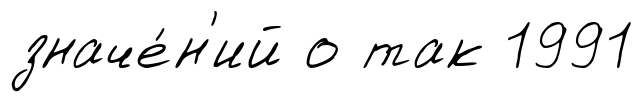
значе́н'ий о так 1991